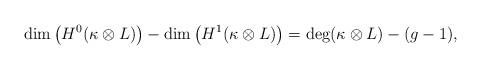
LaTeX: \begin{gather*}\dim\big(H^0(\kappa\otimes L)\big)-\dim\big(H^1(\kappa\otimes L)\big)=\deg(\kappa\otimes L)-(g-1),\end{gather*}